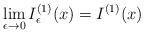
LaTeX: \begin{align*}\lim\limits_{\epsilon\to0}I_{\epsilon}^{(1)}(x)=I^{(1)}(x)\end{align*}